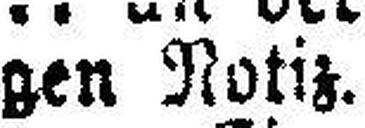
gen Notiz.